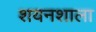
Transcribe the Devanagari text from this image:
शयनशाला